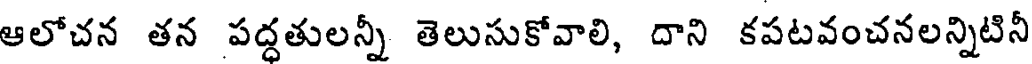
ఆలోచన తన పద్దతులన్నీ తెలుసుకోవాలి, దాని కపటవంచనలన్నిటినీ